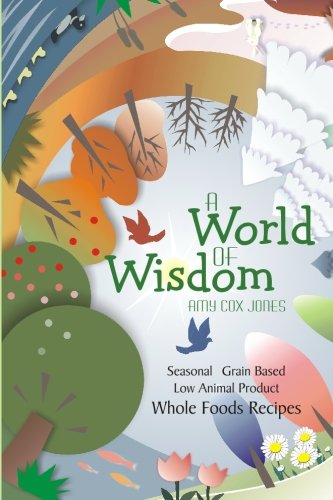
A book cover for A World of Wisdom: Seasonal, Grain-based, Low Animal Product, Whole Foods Recipes; Amy Cox Jones; Cookbooks, Food & Wine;